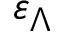
\varepsilon _ { \Lambda }